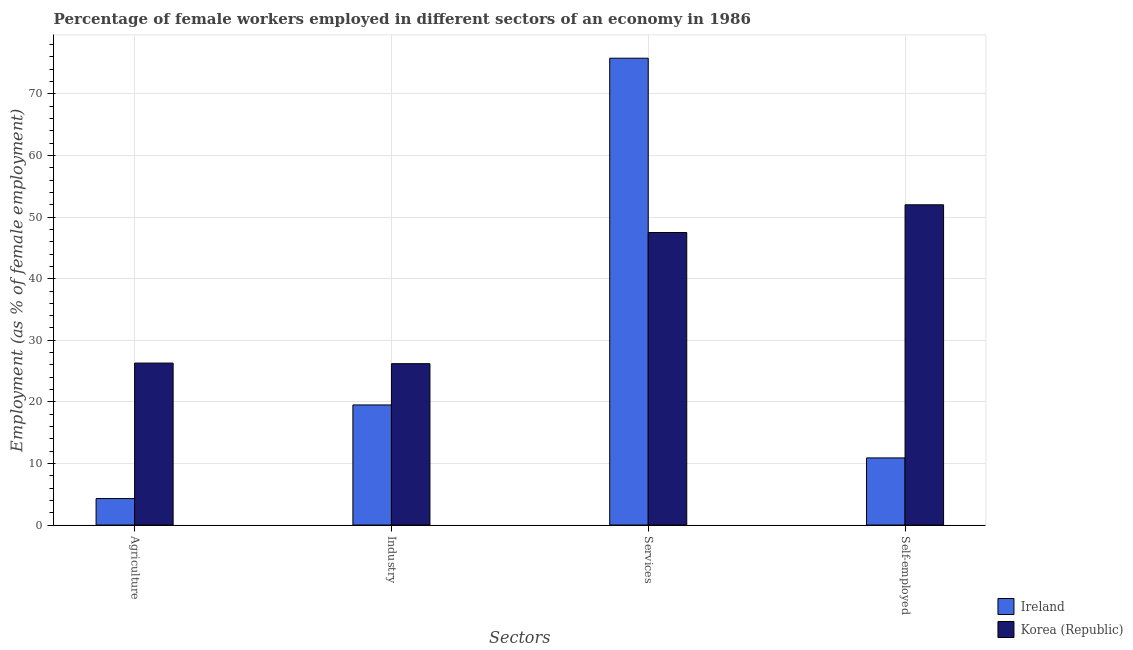
| Sectors | Ireland | Korea (Republic) |
 | --- | --- | --- |
 | Agriculture | 4.3 | 26.3 |
 | Industry | 19.5 | 26.2 |
 | Services | 75.8 | 47.5 |
 | Self-employed | 10.9 | 52 |